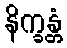
နိက္ခန္တံ